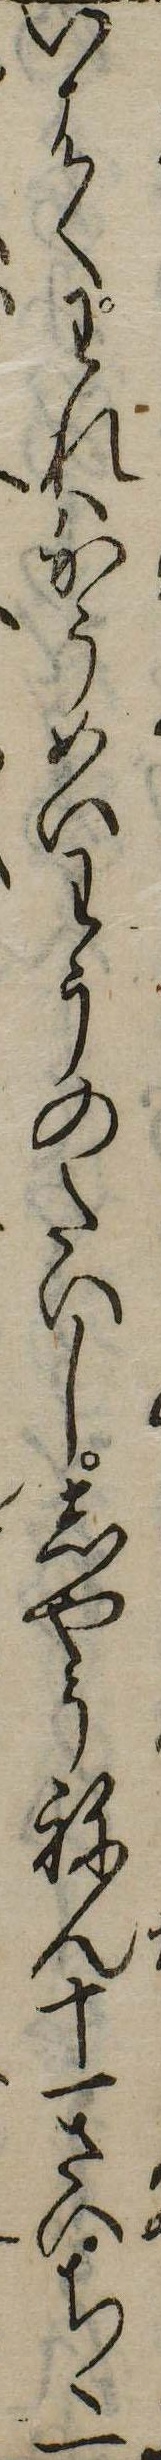
いはくわれはかうめいわうのたいししやうねん十一さいちゝ一